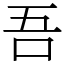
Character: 吾